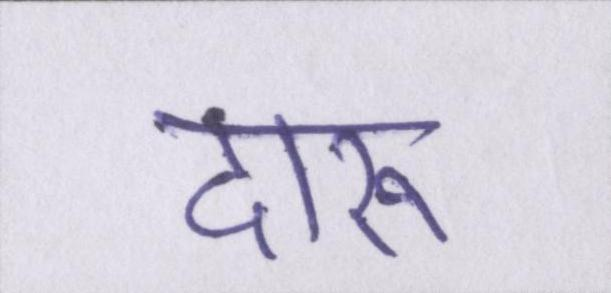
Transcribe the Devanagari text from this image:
दारू